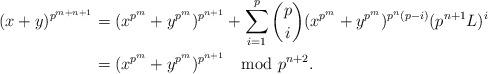
LaTeX: \begin{align*} (x+y)^{p^{m+n+1}}&= (x^{p^m}+y^{p^m})^{p^{n+1}}+\sum_{i=1}^p \binom{p}{i}(x^{p^m}+y^{p^{m}})^{p^{n}(p-i)}(p^{n+1}L)^i \\&=(x^{p^m}+y^{p^m})^{p^{n+1}} \mod p^{n+2}.\end{align*}